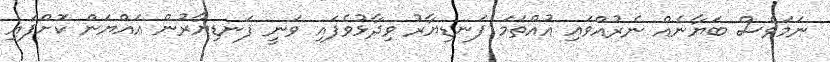
ނަމަވެސް ބަޔާނެއް ނެރުއްވައި އުއްތަމަ ފަނޑިޔާރު ވިދާޅުވެފައި ވަނީ ފަނޑިޔާރުން އައްޔަން ކޮށްފައި